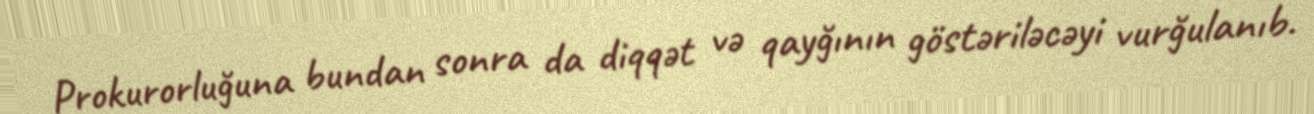
Prokurorluğuna bundan sonra da diqqət və qayğının göstəriləcəyi vurğulanıb.